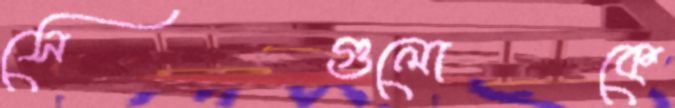
সেগুলোকে